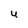
Character: u